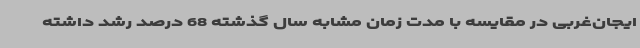
ایجان‌غربی در مقایسه با مدت زمان مشابه سال گذشته 68 درصد رشد داشته